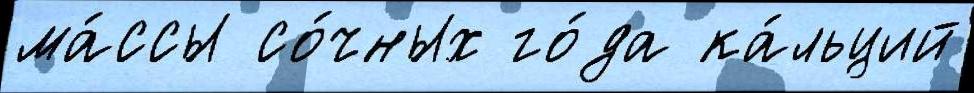
ма́ссы со́чных го́да ка́льций